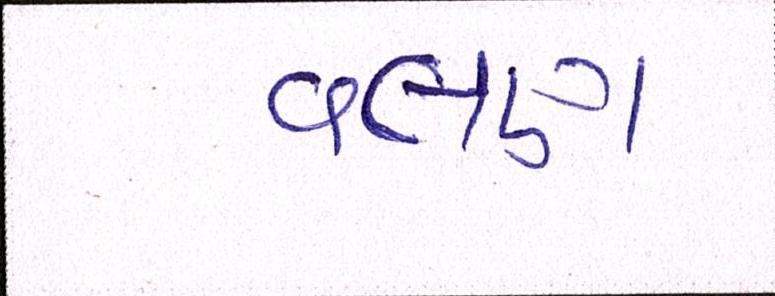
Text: વલણ